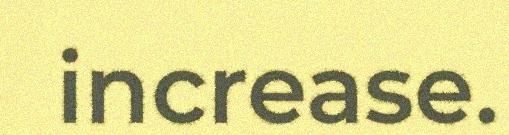
increase.